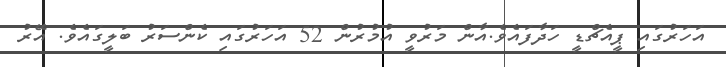
އަހަރުގައި ޕީއެޗްޑީ ހަދާފައެވެ.އާން މަރުވީ އުމުރުން 52 އަހަރުގައި ކެންސަރު ބަލީގައެވެ. އޭރު